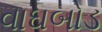
વાઘબોડ